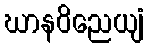
ဃာနဝိညေယျံ